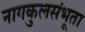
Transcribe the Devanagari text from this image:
नागकुलसंभूता